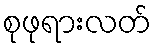
စုဖုရားလတ်